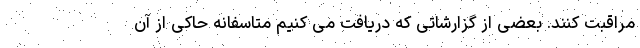
مراقبت کنند. بعضی از گزارشاتی که دریافت می کنیم متاسفانه حاکی از آن